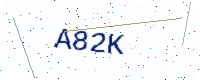
Text: A82K